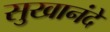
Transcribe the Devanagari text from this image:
सुखानंदे